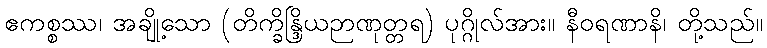
ဧကစ္စဿ၊ အချို့သော (တိက္ခိန္ဒြိယဉာဏုတ္တရ) ပုဂ္ဂိုလ်အား။ နီဝရဏာနိ၊ တို့သည်။